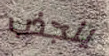
ينجذب